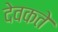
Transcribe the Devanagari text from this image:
देवकते